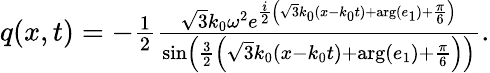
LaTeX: \begin{array}{r}{q(x,t)=-\frac{1}{2}\frac{\sqrt{3}k_{0}\omega^{2}e^{\frac{i}{2}\left(\sqrt{3}k_{0}(x-k_{0}t)+\arg(e_{1})+\frac{\pi}{6}\right)}}{\sin\left(\frac{3}{2}\left(\sqrt{3}k_{0}(x-k_{0}t)+\arg(e_{1})+\frac{\pi}{6}\right)\right)}.}\end{array}